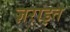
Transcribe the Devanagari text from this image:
ज़राइत